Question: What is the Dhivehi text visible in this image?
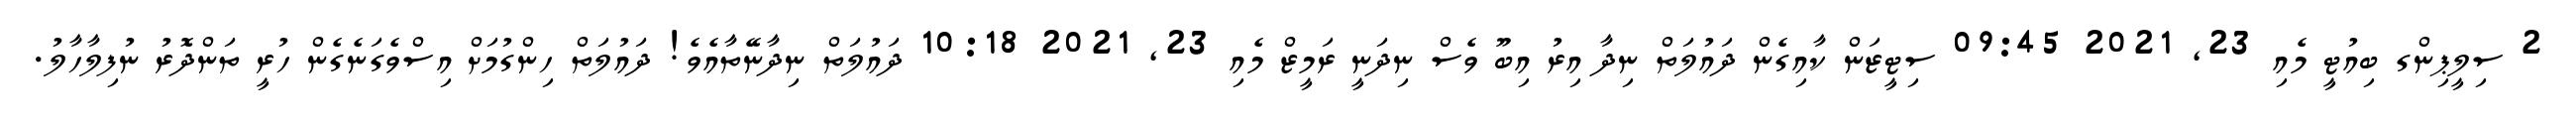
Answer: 2 ސިލީޕިންގ ބިއުޓީ މެއި 23, 2021 09:45 ސިޓީޒަން ކާއިގެން ދައުލަތް ނިދާ އިރު އިބޫ ވެސް ނިދަނީ ރަމީޒް މެއި 23, 2021 10:18 ދައުލަތް ނިދާނޭތާއެވެ! ދައުލަތް ހިންގުމަށް އިސްވެގަނެގެން ހުރީ ތަންދޮރު ނުފިލާހާލު.